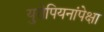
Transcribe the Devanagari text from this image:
युरोपियनांपेक्षा